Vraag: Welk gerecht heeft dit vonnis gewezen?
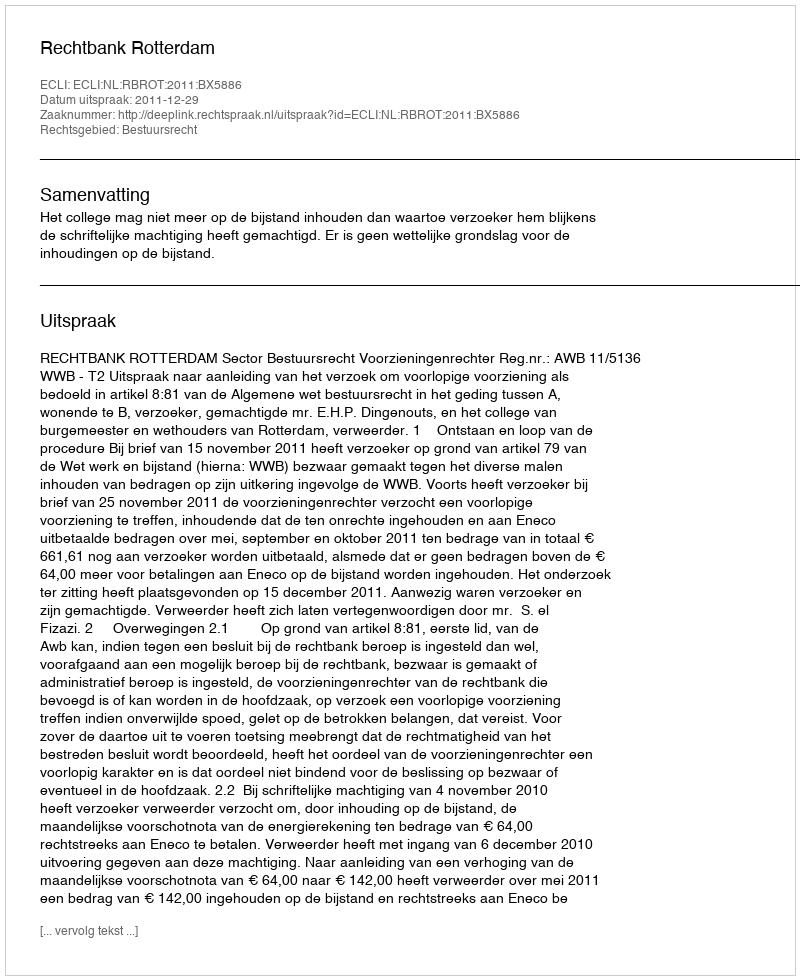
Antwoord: Rechtbank Rotterdam